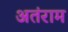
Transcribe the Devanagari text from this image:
अतंराम